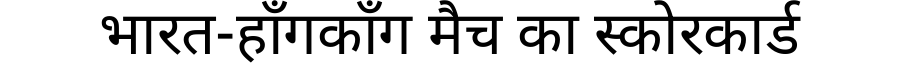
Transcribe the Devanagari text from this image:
भारत-हाँगकाँग मैच का स्कोरकार्ड